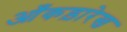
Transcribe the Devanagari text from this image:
आँकड़ारेख